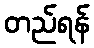
တည်ရန်